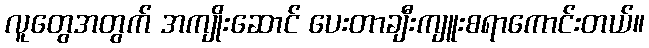
လူတွေအတွက် အကျိုးဆောင် ပေးတာချီးကျူးစရာကောင်းတယ်။